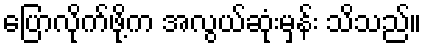
ပြောလိုက်ဖို့က အလွယ်ဆုံးမှန်း သိသည်။